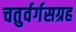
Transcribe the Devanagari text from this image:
चतुर्वर्गसग्रह